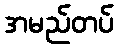
အမည်တပ်